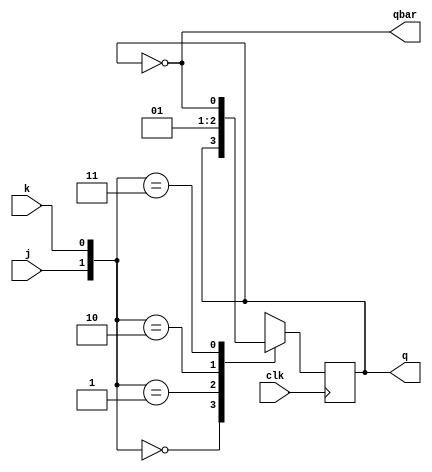
// Code your design here
module jkff1(j,k,clk,q,qbar);
//Simple JK flip flop IO logic

//Inputs for J K clk and RESET
input j,k,clk;

//output variables
output q,qbar;

//Reg required so we can use always @(posedge clk)
reg q = 0;
always @(posedge clk)
    begin case({j,k})
    2'b00:q<=q;
    2'b01:q<=1'b0;
    2'b10:q<=1'b1;
    2'b11:q<=~q;
    endcase
    end
    assign qbar=~q;
endmodule